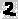
Text: 2